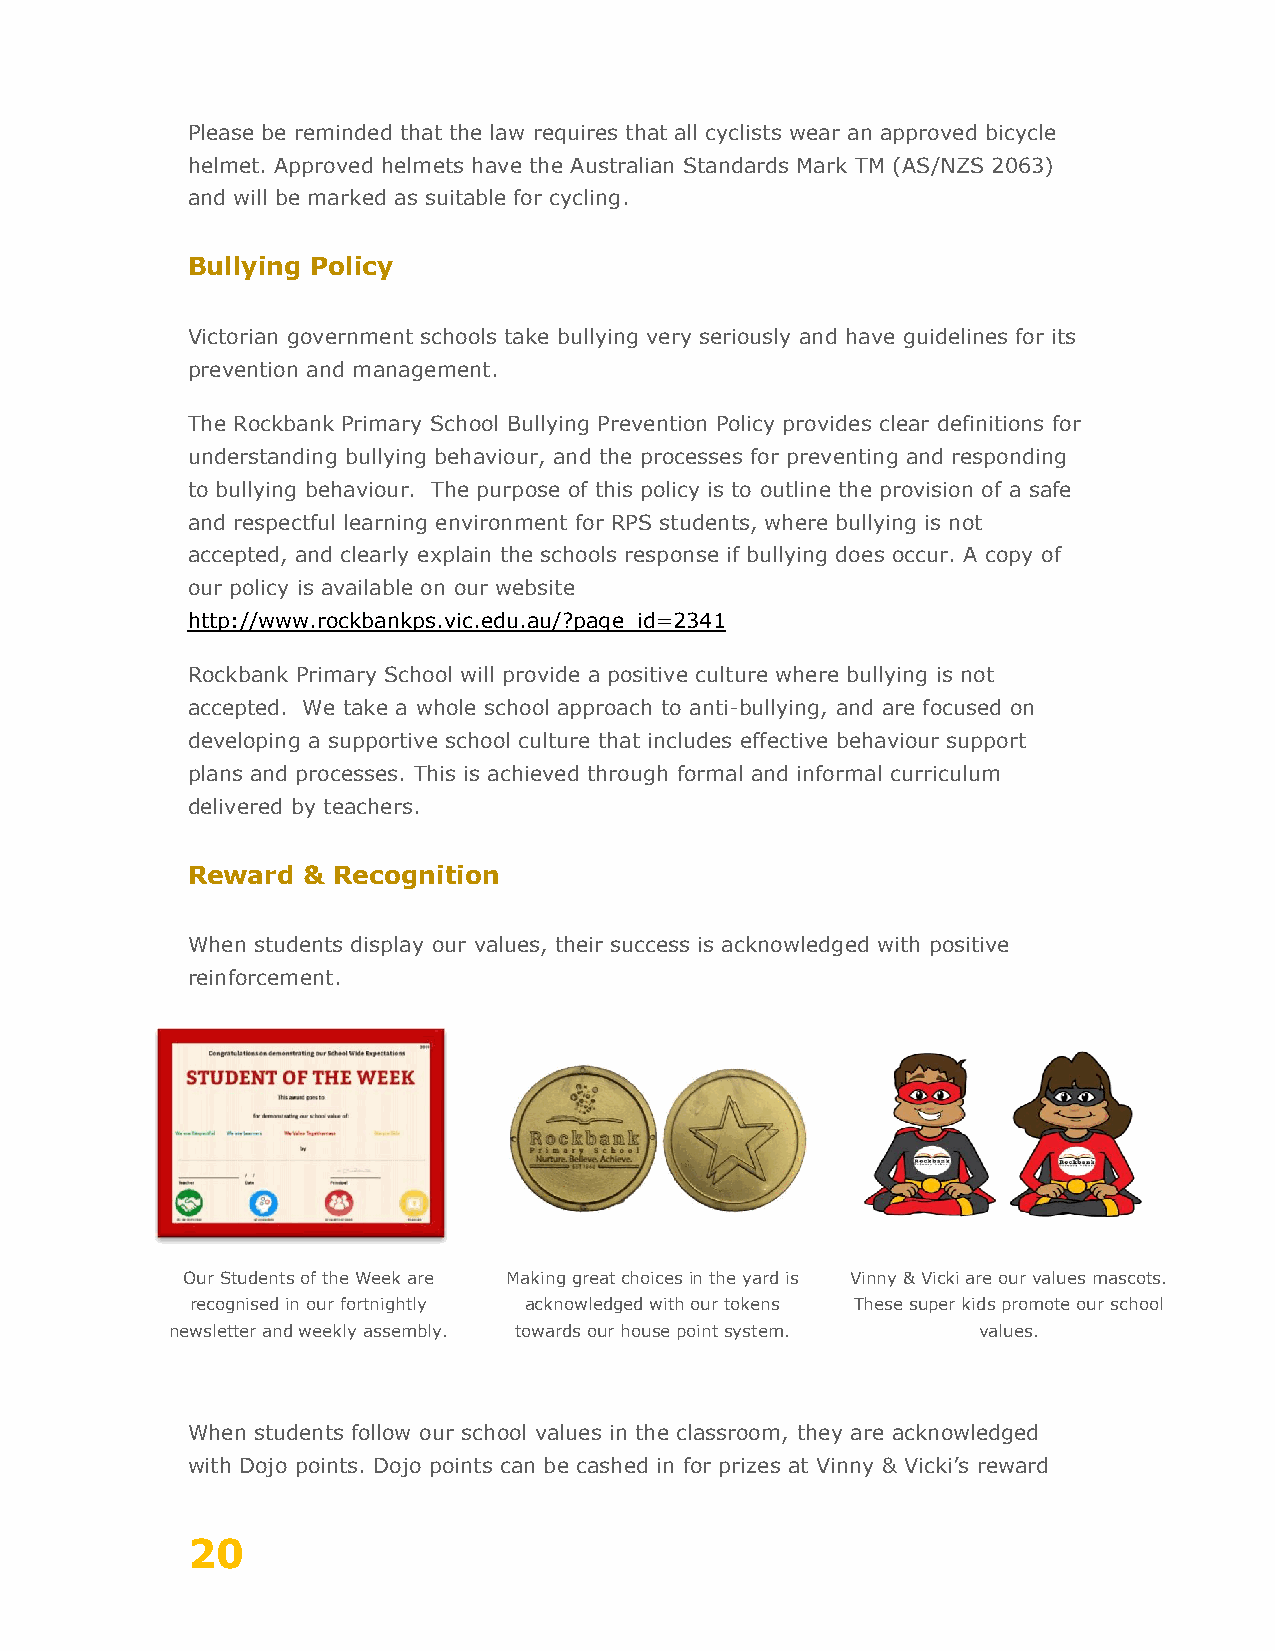
Please be reminded that the law requires that all cyclists wear an approved bicycle
 helmet. Approved helmets have the Australian Standards Mark TM (AS/NZS 2063)
 and will be marked as suitable for cycling.
 Bullying Policy
 Victorian government schools take bullying very seriously and have guidelines for its
 prevention and management.
 The Rockbank Primary School Bullying Prevention Policy provides clear definitions for
 understanding bullying behaviour, and the processes for preventing and responding
 to bullying behaviour. The purpose of this policy is to outline the provision of a safe
 and respectful learning environment for RPS students, where bullying is not
 accepted, and clearly explain the schools response if bullying does occur. A copy of
 our policy is available on our website
 http://www.rockbankps.vic.edu.au/?page_id=2341
 Rockbank Primary School will provide a positive culture where bullying is not
 accepted. We take a whole school approach to anti-bullying, and are focused on
 developing a supportive school culture that includes effective behaviour support
 plans and processes. This is achieved through formal and informal curriculum
 delivered by teachers.
 Reward  & Recognition
 When students display our values, their success is acknowledged with positive
 reinforcement.
 Our Students of the Week are Making great choices in the yard is Vinny & Vicki are our values mascots.
 recognised in our fortnightly acknowledged with our tokens These super kids promote our school
 newsletter and weekly assembly. towards our house point system. values.
 When students follow our school values in the classroom, they are acknowledged
 with Dojo points. Dojo points can be cashed in for prizes at Vinny & Vicki’s reward
 20